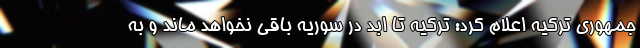
جمهوری ترکیه اعلام کرد: ترکیه تا ابد در سوریه باقی نخواهد ماند و به